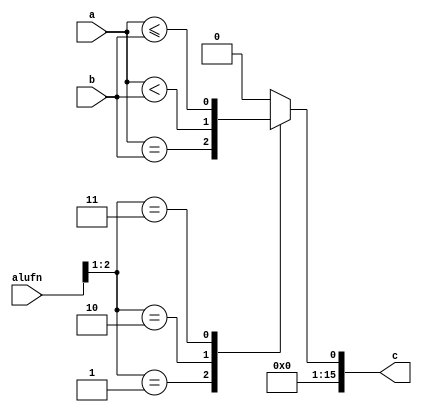
/*
   This file was generated automatically by the Mojo IDE version B1.3.6.
   Do not edit this file directly. Instead edit the original Lucid source.
   This is a temporary file and any changes made to it will be destroyed.
*/

module cmp_11 (
    input [5:0] alufn,
    input [15:0] a,
    input [15:0] b,
    output reg [15:0] c
  );
  
  
  
  reg comp;
  
  always @* begin
    
    case (alufn[1+1-:2])
      2'h1: begin
        comp = a == b;
      end
      2'h2: begin
        comp = a < b;
      end
      2'h3: begin
        comp = a <= b;
      end
      default: begin
        comp = 1'h0;
      end
    endcase
    c[0+0-:1] = comp;
    c[1+14-:15] = 15'h0000;
  end
endmodule